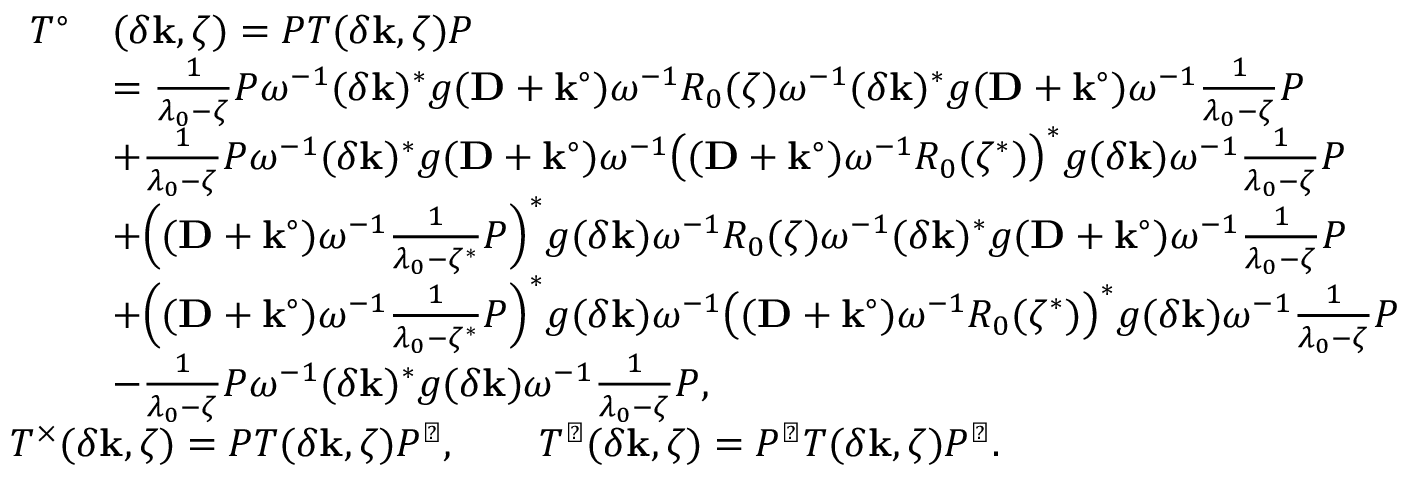
\begin{array} { r l } & { \begin{array} { r l } { T ^ { \circ } } & { ( \delta \mathbf { k } , \zeta ) = P T ( \delta \mathbf { k } , \zeta ) P } \\ & { = \frac { 1 } { \lambda _ { 0 } - \zeta } P \omega ^ { - 1 } ( \delta \mathbf { k } ) ^ { * } g ( \mathbf { D } + \mathbf { k } ^ { \circ } ) \omega ^ { - 1 } R _ { 0 } ( \zeta ) \omega ^ { - 1 } ( \delta \mathbf { k } ) ^ { * } g ( \mathbf { D } + \mathbf { k } ^ { \circ } ) \omega ^ { - 1 } \frac { 1 } { \lambda _ { 0 } - \zeta } P } \\ & { + \frac { 1 } { \lambda _ { 0 } - \zeta } P \omega ^ { - 1 } ( \delta \mathbf { k } ) ^ { * } g ( \mathbf { D } + \mathbf { k } ^ { \circ } ) \omega ^ { - 1 } \bigl ( ( \mathbf { D } + \mathbf { k } ^ { \circ } ) \omega ^ { - 1 } R _ { 0 } ( \zeta ^ { * } ) \bigr ) ^ { * } g ( \delta \mathbf { k } ) \omega ^ { - 1 } \frac { 1 } { \lambda _ { 0 } - \zeta } P } \\ & { + \Bigl ( ( \mathbf { D } + \mathbf { k } ^ { \circ } ) \omega ^ { - 1 } \frac { 1 } { \lambda _ { 0 } - \zeta ^ { * } } P \Bigr ) ^ { * } g ( \delta \mathbf { k } ) \omega ^ { - 1 } R _ { 0 } ( \zeta ) \omega ^ { - 1 } ( \delta \mathbf { k } ) ^ { * } g ( \mathbf { D } + \mathbf { k } ^ { \circ } ) \omega ^ { - 1 } \frac { 1 } { \lambda _ { 0 } - \zeta } P } \\ & { + \Bigl ( ( \mathbf { D } + \mathbf { k } ^ { \circ } ) \omega ^ { - 1 } \frac { 1 } { \lambda _ { 0 } - \zeta ^ { * } } P \Bigr ) ^ { * } g ( \delta \mathbf { k } ) \omega ^ { - 1 } \bigl ( ( \mathbf { D } + \mathbf { k } ^ { \circ } ) \omega ^ { - 1 } R _ { 0 } ( \zeta ^ { * } ) \bigr ) ^ { * } g ( \delta \mathbf { k } ) \omega ^ { - 1 } \frac { 1 } { \lambda _ { 0 } - \zeta } P } \\ & { - \frac { 1 } { \lambda _ { 0 } - \zeta } P \omega ^ { - 1 } ( \delta \mathbf { k } ) ^ { * } g ( \delta \mathbf { k } ) \omega ^ { - 1 } \frac { 1 } { \lambda _ { 0 } - \zeta } P , } \end{array} } \\ & { T ^ { \times } ( \delta \mathbf { k } , \zeta ) = P T ( \delta \mathbf { k } , \zeta ) P ^ { \perp } , \qquad T ^ { \perp } ( \delta \mathbf { k } , \zeta ) = P ^ { \perp } T ( \delta \mathbf { k } , \zeta ) P ^ { \perp } . } \end{array}